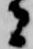
者